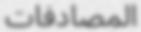
المصادفات